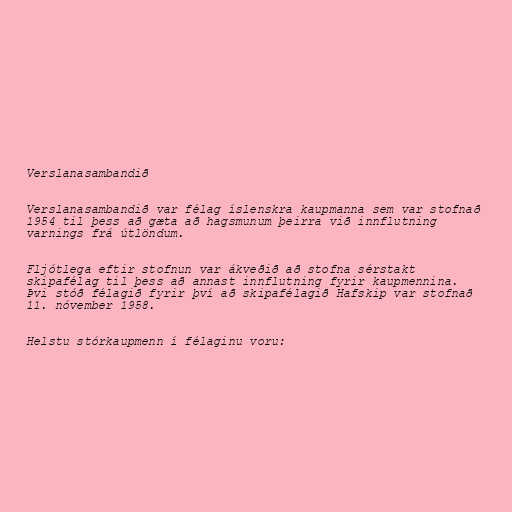
Verslanasambandið

Verslanasambandið var félag íslenskra kaupmanna sem var stofnað
1954 til þess að gæta að hagsmunum þeirra við innflutning
varnings frá útlöndum.

Fljótlega eftir stofnun var ákveðið að stofna sérstakt
skipafélag til þess að annast innflutning fyrir kaupmennina.
Þvi stóð félagið fyrir því að skipafélagið Hafskip var stofnað
11. nóvember 1958.

Helstu stórkaupmenn í félaginu voru: